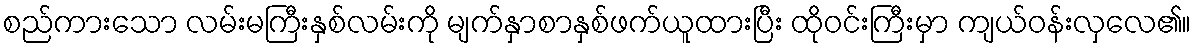
စည်ကားသော လမ်းမကြီးနှစ်လမ်းကို မျက်နှာစာနှစ်ဖက်ယူထားပြီး ထိုဝင်းကြီးမှာ ကျယ်ဝန်းလှလေ၏။